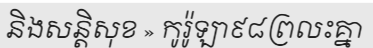
និងសន្តិសុខ » កូរ៉ូឡា៩៨ព្រលះគ្នា